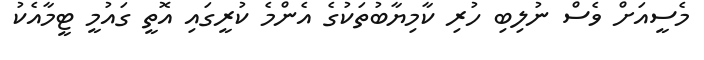
މެސީއަށް ވެސް ނުލިބި ހުރި ކާމިޔާބުތަކުގެ އެންމެ ކުރީގައި އޮތީ ގައުމީ ޓީމާއެކު